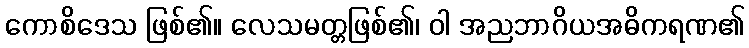
ကောစိဒေသ ဖြစ်၏။ လေသမတ္တဖြစ်၏၊ ဝါ အညဘာဂိယအဓိကရဏ၏